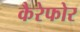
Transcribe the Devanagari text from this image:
कैरेफोर